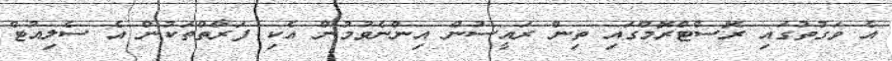
އެ ވަގުތުގައި ރޮސްޓްރޮމްގައި ތިން ރައީސުން އިންނެވުމުން އެކި ފަރާތްތަކުން އެ ސެލިއުޓް